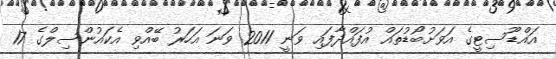
އައްޑޫސިޓީގެ އަވަށުބޯޑުތައް އުފައްދާފައި ވަނީ 2011 ވަނަ އަހަރު ބޭއްވި އެކައުންސިލްގެ 17